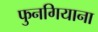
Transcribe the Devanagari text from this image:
फुनगियाना